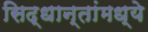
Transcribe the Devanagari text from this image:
सिद्धान्तांमध्ये